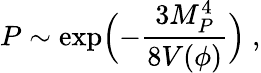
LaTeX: P\sim\exp\Bigl(-{\frac{3M_{P}^{4}}{8V(\phi)}}\Bigr)\ ,